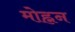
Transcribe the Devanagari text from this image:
मोह्नन